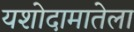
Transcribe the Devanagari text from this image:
यशोदामातेला